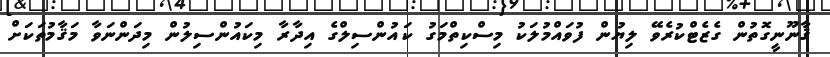
ޤާނޫނީގޮތުން ގެޒެޓްކުރެވޭ ލިޔުން ފުވައްމުލަކު މިސްކިތްމަގު ކައުންސިލްގެ އިދާރާ މިކައުންސިލުން މިދަންނަވާ މަޤާމުތަކަށް